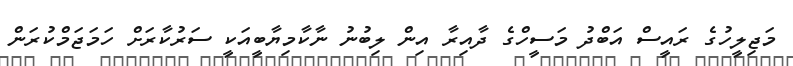
މަޖިލީހުގެ ރައީސް އަބްދު މަސީހްގެ ދާއިރާ އިން ލިބުނު ނާކާމިޔާބީއަކީ ސަރުކާރަށް ހަމަޖަމްކުރަން